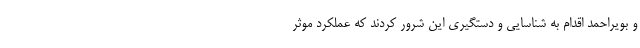
و بویراحمد اقدام به شناسایی و دستگیری این شرور کردند که عملکرد موثر